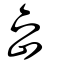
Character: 嵒